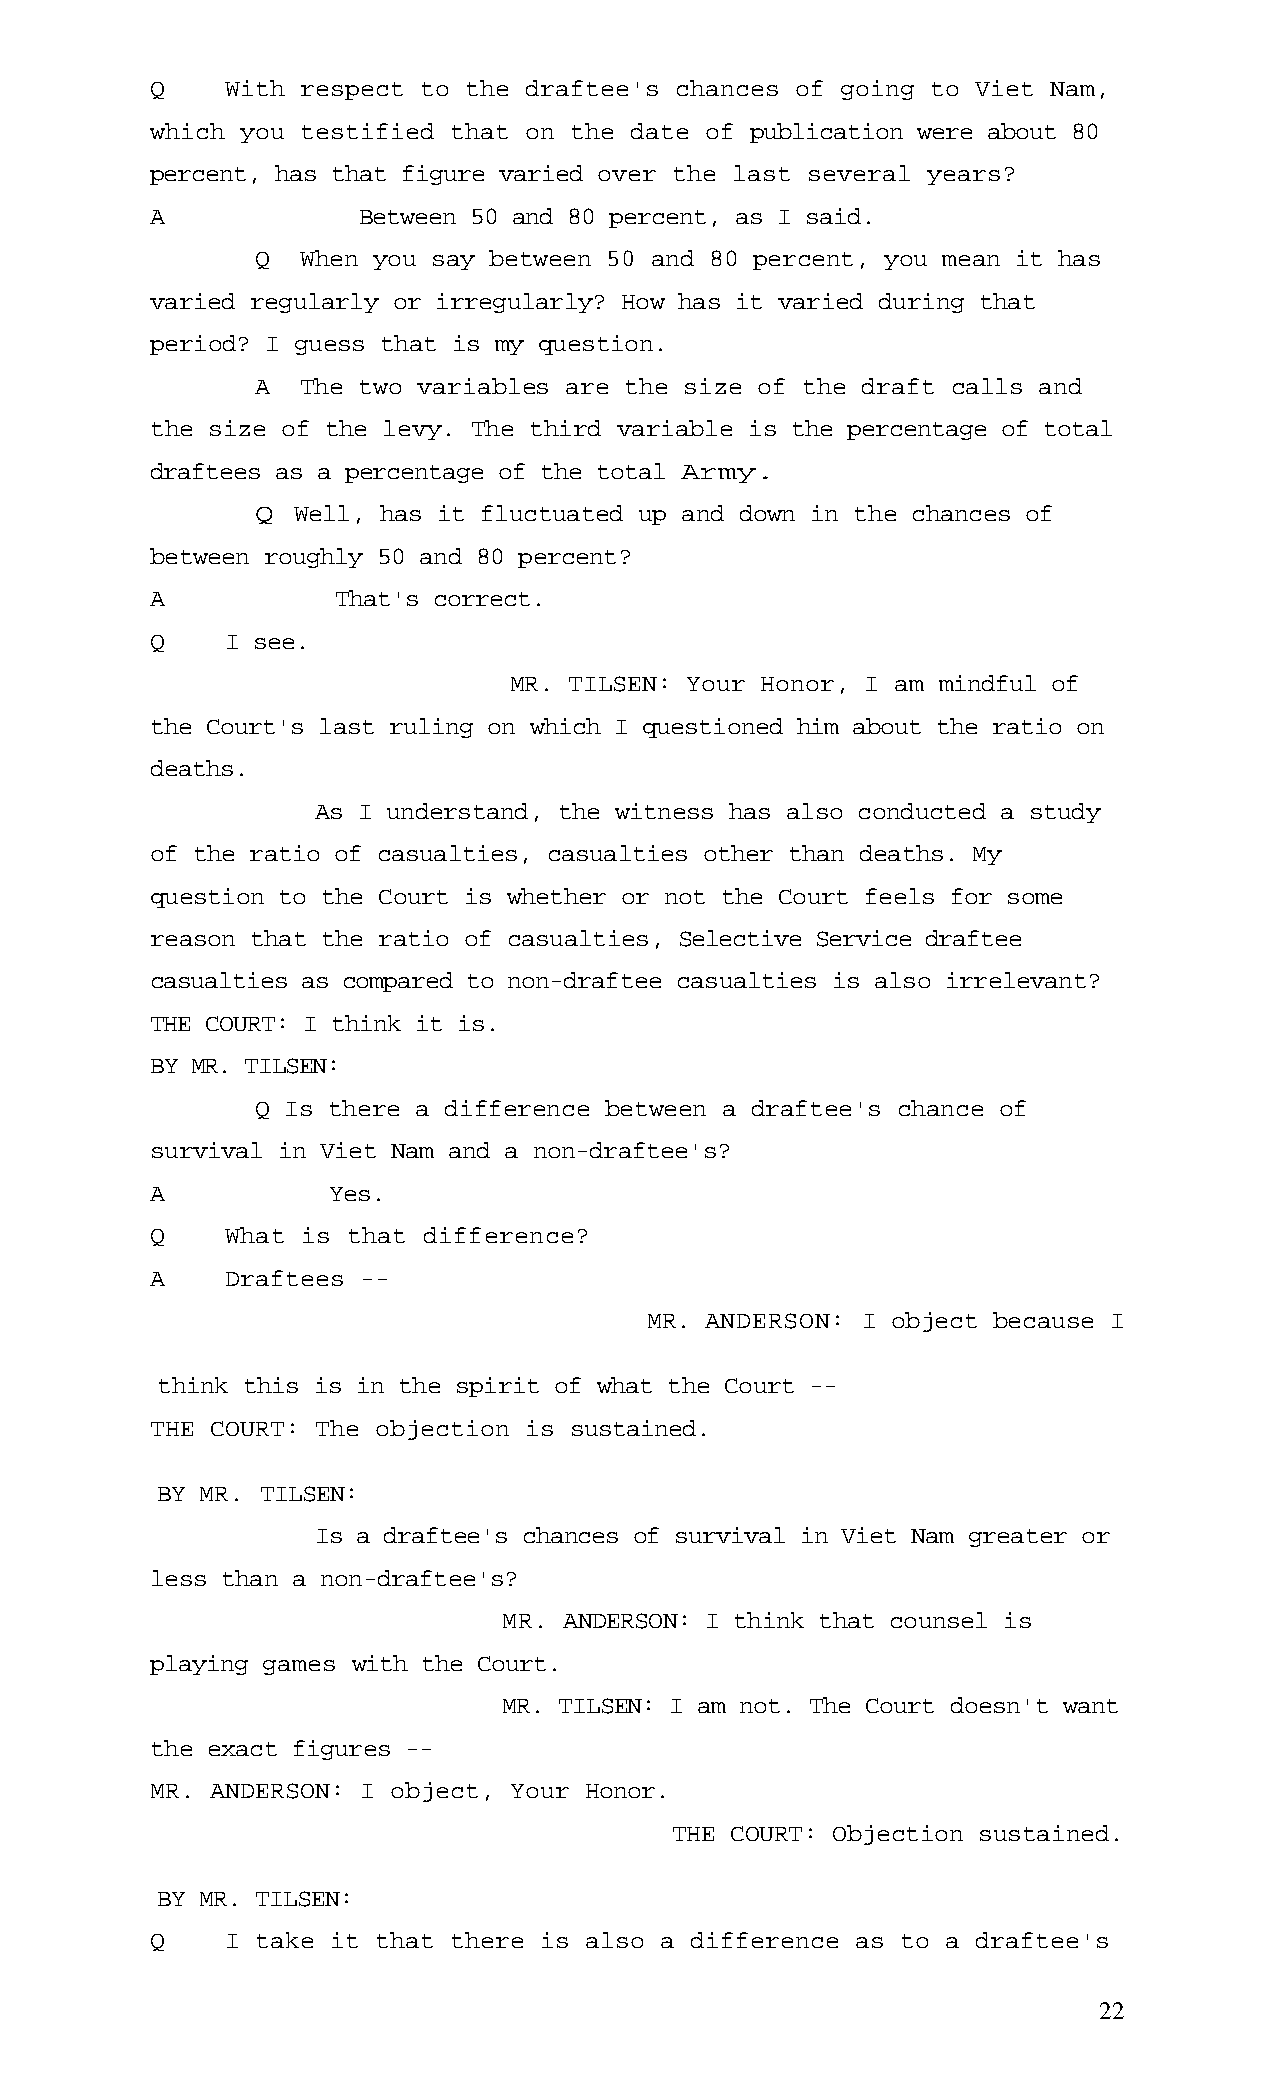
Q    With respect to the draftee's chances of going to Viet Nam,
 which you testified that on the date of publication were about 80
 percent, has that figure varied over the last several years?
 A             Between 50 and 80 percent, as I said.
 Q  When you say between 50 and 80 percent, you mean it has
 varied regularly or irregularly? How has it varied during that
 period? I guess that is my question.
 A  The two variables are the size of the draft calls and
 the size of the levy. The third variable is the percentage of total
 draftees as a percentage of the total Army.
 Q Well, has it fluctuated up and down in the chances of
 between roughly 50 and 80 percent?
 A           That's correct.
 Q    I see.
 MR. TILSEN: Your Honor, I am mindful of
 the Court's last ruling on which I questioned him about the ratio on
 deaths.
 As I understand, the witness has also conducted a study
 of the ratio of casualties, casualties other than deaths. My
 question to the Court is whether or not the Court feels for some
 reason that the ratio of casualties, Selective Service draftee
 casualties as compared to non-draftee casualties is also irrelevant?
 THE COURT: I think it is.
 BY MR. TILSEN:
 Q Is there a difference between a draftee's chance of
 survival in Viet Nam and a non-draftee's?
 A           Yes.
 Q    What is that difference?
 A    Draftees --
 MR. ANDERSON: I object because I
 think this is in the spirit of what the Court --
 THE COURT: The objection is sustained.
 BY MR. TILSEN:
 Is a draftee's chances of survival in Viet Nam greater or
 less than a non-draftee's?
 MR. ANDERSON: I think that counsel is
 playing games with the Court.
 MR. TILSEN: I am not. The Court doesn't want
 the exact figures --
 MR. ANDERSON: I object, Your Honor.
 THE COURT: Objection sustained.
 BY MR. TILSEN:
 Q    I take it that there is also a difference as to a draftee's
 22